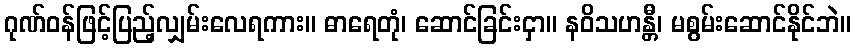
ဂုဏ်ဝန်ဖြင့်ပြည့်လျှမ်းလေရကား။ ဓာရေတုံ၊ ဆောင်ခြင်းငှာ။ နဝိသဟန္တီ၊ မစွမ်းဆောင်နိုင်ဘဲ။